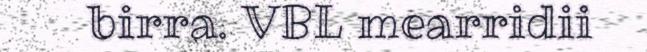
birra. VBL mearridii